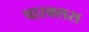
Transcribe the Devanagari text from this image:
चारक्सस